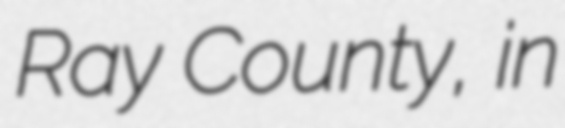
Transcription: Ray County, in